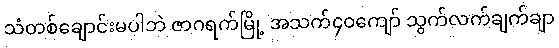
သံတစ်ချောင်းမပါဘဲ ဇာဂရက်မြို့ အသက်၄၀ကျော် သွက်လက်ချက်ချာ